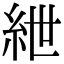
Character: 紲